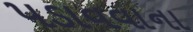
પડાવવાના